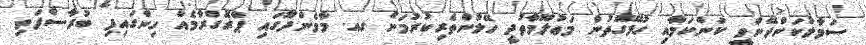
ސަމާލުކަންދޭންވީ ކަންކަމާއި ގުޅޭގޮތުން މަޢުލޫމާތުދީ ހޭލުންތެރިކުރުމަށް ގއ. މާމެންދޫގައި ޕްރޮގްރާމެއް ހިންގައިފި ބުރާސްފަތި